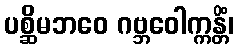
ပစ္ဆိမဘဝေ ဂဗ္ဘဝေါက္ကန္တိံ၊